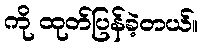
ကို ထုတ်ပြန်ခဲ့တယ်။